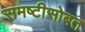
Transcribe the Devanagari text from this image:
समष्टीसोबत